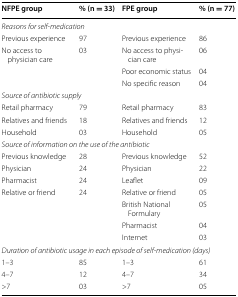
| NFPE group | % (n = 33) | FPE group | % (n = 77) |
 | --- | --- | --- | --- |
 | <COLSPAN=4> Reasons for self-medication |
 | Previous experience | 97 | Previous experience | 86 |
 | No access to physician care | 03 | No access to physician care | 06 |
 |  |  | Poor economic status | 04 |
 |  |  | No specific reason | 04 |
 | <COLSPAN=4> Source of antibiotic supply |
 | Retail pharmacy | 79 | Retail pharmacy | 83 |
 | Relatives and friends | 18 | Relatives and friends | 12 |
 | Household | 03 | Household | 05 |
 | <COLSPAN=4> Source of information on the use of the antibiotic |
 | Previous knowledge | 28 | Previous knowledge | 52 |
 | Physician | 24 | Physician | 22 |
 | Pharmacist | 24 | Leaflet | 09 |
 | Relative or friend | 24 | Relative or friend | 05 |
 |  |  | British National Formulary | 05 |
 |  |  | Pharmacist | 04 |
 |  |  | Internet | 03 |
 | <COLSPAN=4> Duration of antibiotic usage in each episode of self-medication (days) |
 | 1–3 | 85 | 1–3 | 61 |
 | 4–7 | 12 | 4–7 | 34 |
 | >7 | 03 | >7 | 05 |